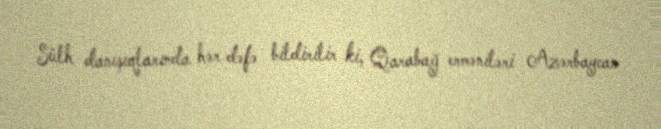
Sülh danışıqlarında hər dəfə bildirilir ki, Qarabağ erməniləri Azərbaycan